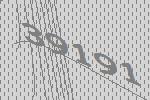
39191